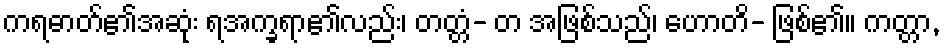
ကရဓာတ်၏အဆုံး ရအက္ခရာ၏လည်း၊ တတ္တံ- တ အဖြစ်သည်၊ ဟောတိ- ဖြစ်၏။ ကတ္တာ,